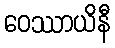
ဝေဿာယိနီ